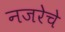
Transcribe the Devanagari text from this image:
नजरेचे